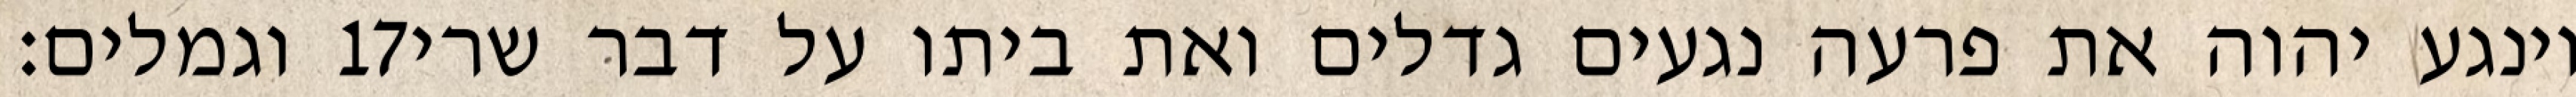
וגמלים׃ ‎17‏ וינגע יהוה את פרעה נגעים גדלים ואת ביתו על דבר שרי